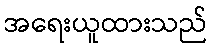
အရေးယူထားသည်